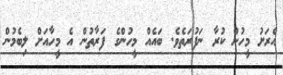
އެރަށު މީހުން ކުރާ ނަފުރަތެވެ. ބައެއް މީހުންގެ ފަރާތުން އެ މީހާއަށް ލިބެމުން